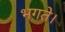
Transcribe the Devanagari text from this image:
भगते।